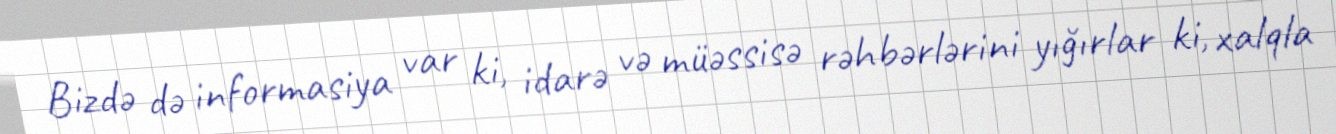
Bizdə də informasiya var ki, idarə və müəssisə rəhbərlərini yığırlar ki, xalqla